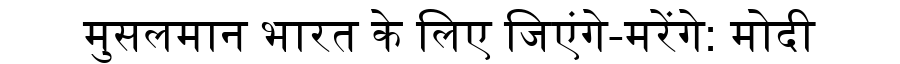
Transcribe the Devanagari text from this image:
मुसलमान भारत के लिए जिएंगे-मरेंगे: मोदी